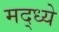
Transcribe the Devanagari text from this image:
मद्ध्ये